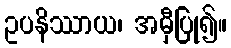
ဥပနိဿာယ၊ အမှီပြု၍။